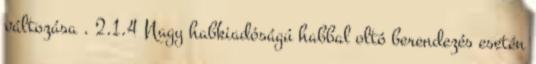
változása . 2.1.4 Nagy habkiadóságú habbal oltó berendezés esetén